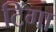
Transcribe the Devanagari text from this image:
टिंगा